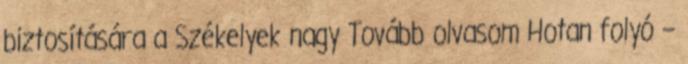
biztosítására a Székelyek nagy Tovább olvasom Hotan folyó –